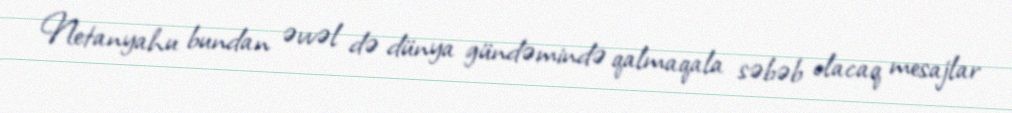
Netanyahu bundan əvvəl də dünya gündəmində qalmaqala səbəb olacaq mesajlar